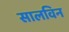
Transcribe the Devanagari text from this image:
सालविन